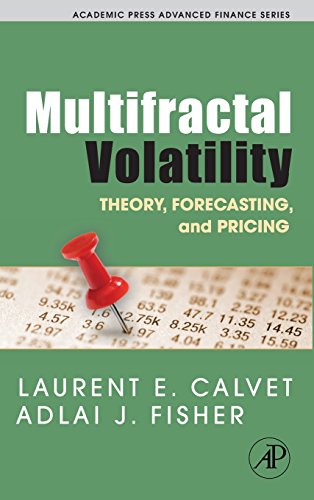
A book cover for Multifractal Volatility: Theory, Forecasting, and Pricing (Academic Press Advanced Finance); Laurent E. Calvet; Business & Money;